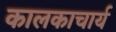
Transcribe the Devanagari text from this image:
कालकाचार्य